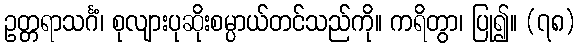
ဥတ္တရာသင်္ဂံ၊ စုလျားပုဆိုးစမ္ပာယ်တင်သည်ကို။ ကရိတွာ၊ ပြု၍။ (၇၈)